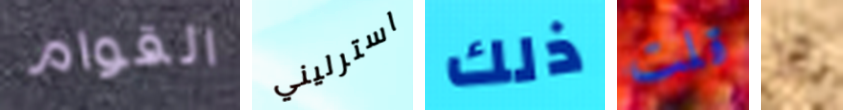
القوام استرليني ذلك قلت لا